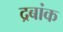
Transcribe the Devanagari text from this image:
द्रबांक